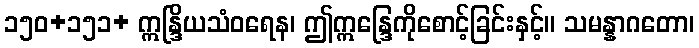
၁၅၀+၁၅၁+ ဣန္ဒြိယသံဝရေန၊ ဤဣန္ဒြေကိုစောင့်ခြင်းနှင့်။ သမန္နာဂတော၊